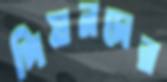
পিয়নদের